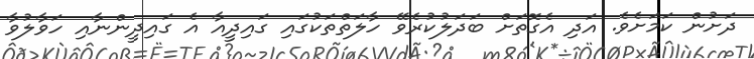
ދަށުން ކަމަށެވެ. އަދި އެގޮތަށް ބަދަލުކުރެވޭ ހާލަތްތަކުގައި ގައިދީއާ އެ ގައިދީންނާއި ހަވާލުވާ